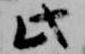
此